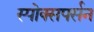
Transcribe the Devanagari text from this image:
स्पोक्सपर्सन